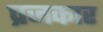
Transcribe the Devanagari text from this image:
प्रजकार